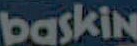
baskin